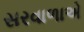
સરવાળાએ